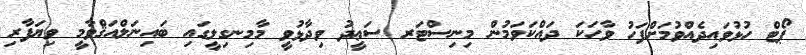
ޕޯޓް ހުޅުވައިދެއްވުމަށްފަހު ވާހަކަ ދައްކަވަމުން މިނިސްޓަރ ސަޢީދު ވިދާޅުވީ މާމިނގިލީގައި ބައިނަލްއަޤްވާމީ ވިޔަފާރި